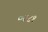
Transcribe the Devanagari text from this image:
०२८१